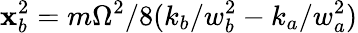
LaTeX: \mathbf{x}_{b}^{2}=m\Omega^{2}/8(k_{b}/w_{b}^{2}-k_{a}/w_{a}^{2})